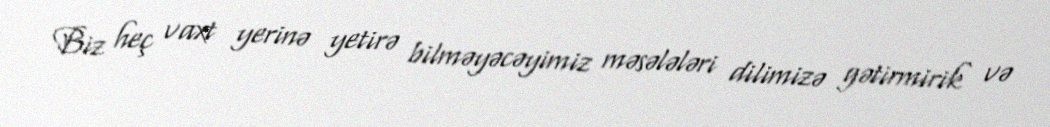
Biz heç vaxt yerinə yetirə bilməyəcəyimiz məsələləri dilimizə gətirmirik və